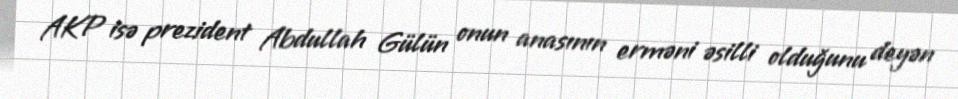
AKP isə prezident Abdullah Gülün onun anasının erməni əsilli olduğunu deyən